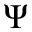
\Psi